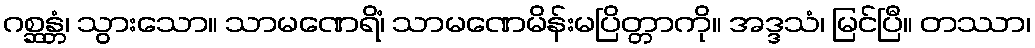
ဂစ္ဆန္တံ၊ သွားသော။ သာမဏေရိံ၊ သာမဏေမိန်းမပြိတ္တာကို။ အဒ္ဒသံ၊ မြင်ပြီ။ တဿာ၊